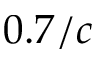
0 . 7 / c